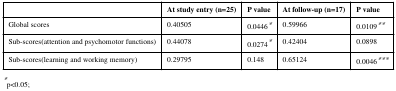
<table><thead><tr><td></td><td><b>At study entry (n=25)</b></td><td><b>P value</b></td><td><b>At follow-up (n=17)</b></td><td><b>P value</b></td></tr></thead><tbody><tr><td>Global scores</td><td>0.40505</td><td>0.0446*</td><td>0.59966</td><td>0.0109**</td></tr><tr><td>Sub-scores(attention and psychomotor functions)</td><td>0.44078</td><td>0.0274*</td><td>0.42404</td><td>0.0898</td></tr><tr><td>Sub-scores(learning and working memory)</td><td>0.29795</td><td>0.148</td><td>0.65124</td><td>0.0046***</td></tr></tbody></table>